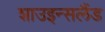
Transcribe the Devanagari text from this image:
शाउइन्सलैंड